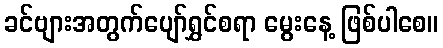
ခင်ဗျားအတွက်ပျော်ရွှင်စရာ မွေးနေ့ ဖြစ်ပါစေ။